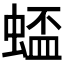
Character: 𫋋